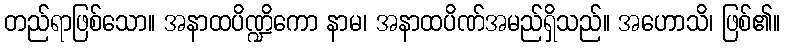
တည်ရာဖြစ်သော။ အနာထပိဏ္ဍိကော နာမ၊ အနာထပိဏ်အမည်ရှိသည်။ အဟောသိ၊ ဖြစ်၏။